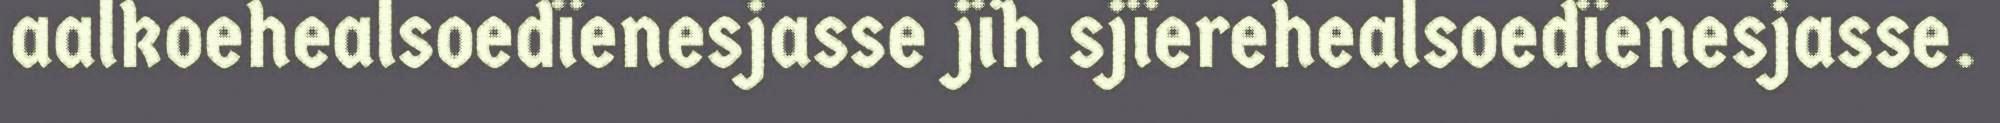
aalkoehealsoedïenesjasse jïh sjïerehealsoedïenesjasse.